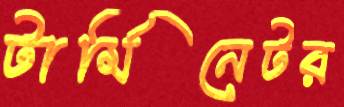
টার্মিনেটর